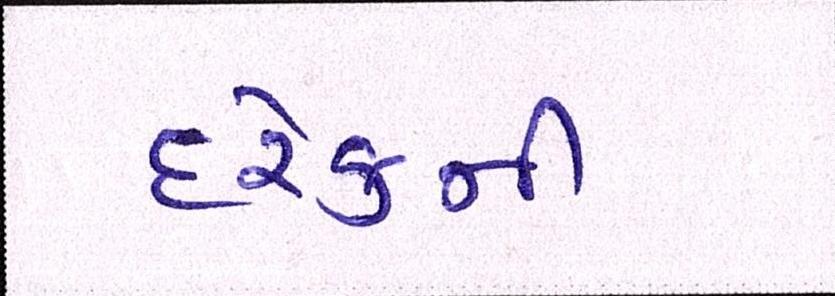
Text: દરેકની